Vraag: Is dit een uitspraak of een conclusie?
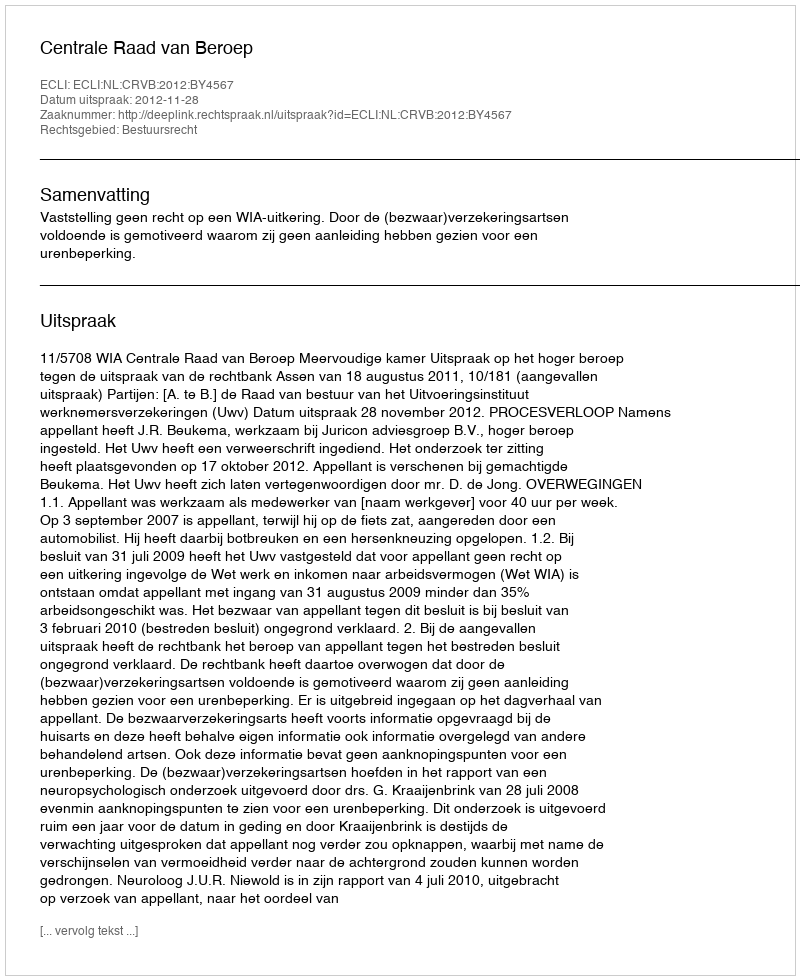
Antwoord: Uitspraak